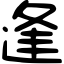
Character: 逢